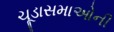
ચૂડાસમાઓની